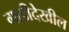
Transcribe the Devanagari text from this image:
गाडीदेखील